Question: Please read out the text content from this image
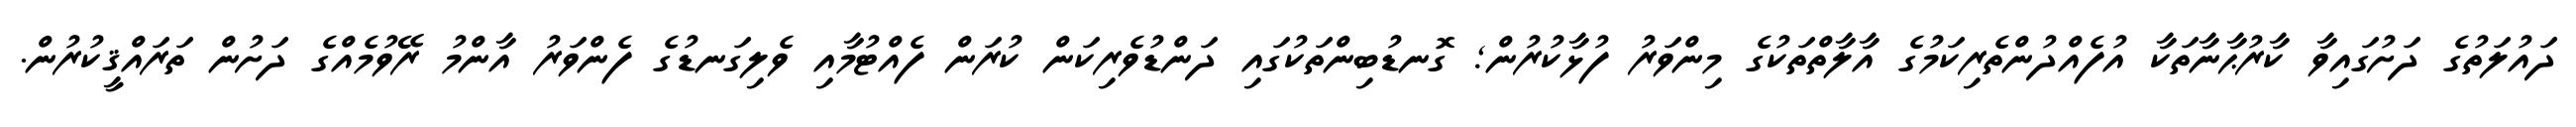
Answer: ދައުލަތުގެ ދަށުގައިވާ ކާރުޙާނާތަކާ އުފެއްދުންތެރިކަމުގެ އާލާތްތަކުގެ މިންވަރު ފުޅާކުރުން; ގޮނޑުބިންތަކުގައި ދަންޑުވެރިކަން ކުރަން ފެއްޓުމާއި ވެލިގަނޑުގެ ފެންވަރު އާންމު ރޭވުމެއްގެ ދަށުން ތަރައްޤީކުރުން.